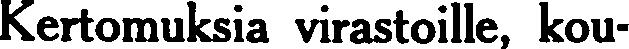
Kertomuksia virastoille, kou-